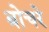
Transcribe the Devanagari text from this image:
बोचरे